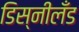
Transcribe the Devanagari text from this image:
डिस्नीलँड